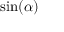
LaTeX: \sin ( \alpha )